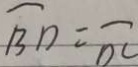
\overline { B D } = \overline { D C }